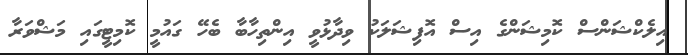
އިލެކްޝަންސް ކޮމިޝަންގެ އިސް އޮފިޝަލަކު ވިދާޅުވީ އިންތިހާބާ ބެހޭ ގައުމީ ކޮމިޓީގައި މަޝްވަރާ